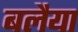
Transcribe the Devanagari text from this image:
बलैया